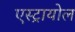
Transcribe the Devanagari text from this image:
एस्ट्रायोल